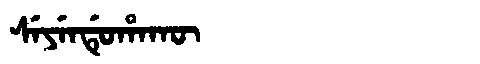
Manchu: ᠰᡝᠶᡝᠨᡩᡠᡥᠠᡴᡡ
Romanization: SEYENDUHAKŪ